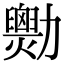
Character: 𠣆